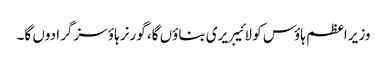
وزیراعظم ہاؤس کو لائیبریری بناؤں گا، گورنر ہاؤسز گرا دوں گا۔